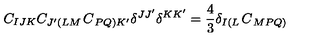
C _ { I J K } C _ { J ^ { \prime } \left( L M \right. } C _ { \left. P Q \right) K ^ { \prime } } \delta ^ { J J ^ { \prime } } \delta ^ { K K ^ { \prime } } = \frac { 4 } { 3 } \delta _ { I \left( L \right. } C _ { \left. M P Q \right) }